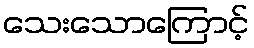
သေးသောကြောင့်